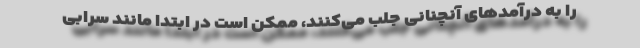
را به درآمدهای آنچنانی جلب می‌کنند، ممکن است در ابتدا مانند سرابی